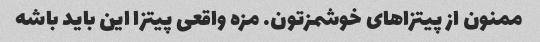
ممنون از پیتزاهای خوشمزتون. مزه واقعی پیتزا این باید باشه